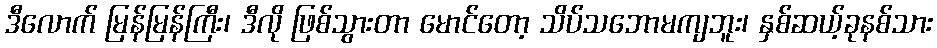
ဒီလောက် မြန်မြန်ကြီး၊ ဒီလို ဖြစ်သွားတာ မောင်တော့ သိပ်သဘောမကျဘူး၊ နှစ်ဆယ့်ခုနစ်သား